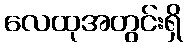
လေထုအတွင်းရှိ